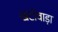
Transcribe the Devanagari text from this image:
खटोवाड़ा